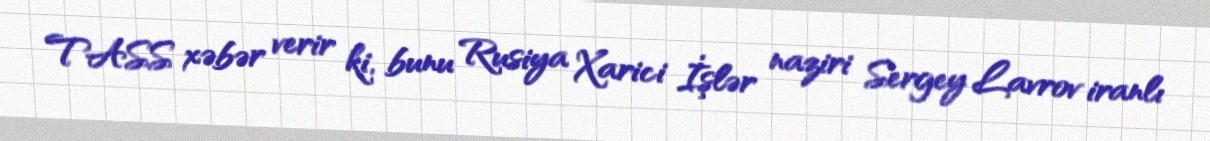
TASS xəbər verir ki, bunu Rusiya Xarici İşlər naziri Sergey Lavrov iranlı